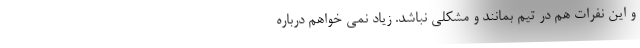
و این نفرات هم در تیم بمانند و مشکلی نباشد. زیاد نمی خواهم درباره